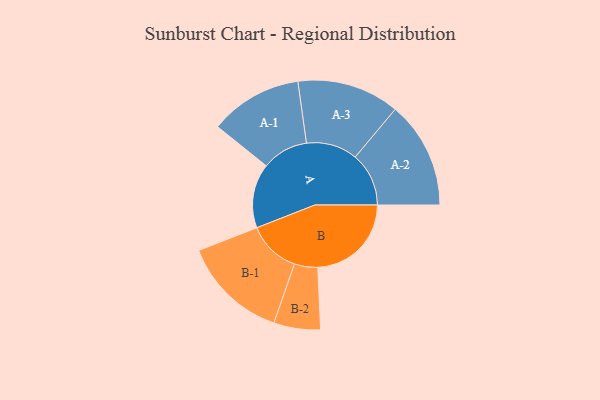
{"axis": {"x": "Segment", "y": "Value"}, "legend": ["", "A", "B"], "data": [{"x": "A", "y": 304, "type": ""}, {"x": "B", "y": 442, "type": ""}, {"x": "A-1", "y": 219, "type": "A"}, {"x": "A-2", "y": 253, "type": "A"}, {"x": "A-3", "y": 242, "type": "A"}, {"x": "B-1", "y": 250, "type": "B"}, {"x": "B-2", "y": 110, "type": "B"}]}